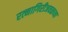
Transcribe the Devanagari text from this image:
रत्‍नागिरीजवळच्या